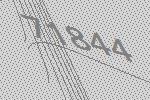
71844